Insane asylums in Bengal annual reports 1876-1887 - 1876-1887
Year: 1876
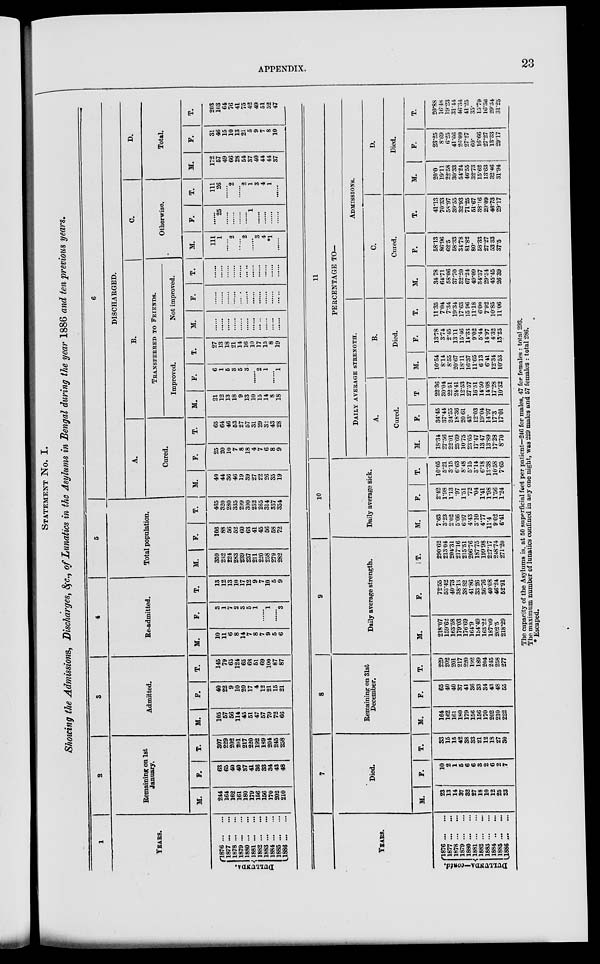
APPENDIX.
23
STATEMENT No. I.
Showing the Admissions, Discharges, &c., of Lunatics in the Asylums in Bengal during the year 1886 and ten previous years.
1
YEARS.
DULLUITDA.
1876
...
...
1877
...
...
1878
...
...
1879
...
...
1880
...
...
1881
...
...
1882
...
...
1883
...
...
1884
...
...
1885
...
...
1886 ... ...
2
Remaining on 1st
January.
M.
244
164
162
161
180
179
156
166
170
202
210
F.
63
65
40
40
37
41
36
33
34
43
48
T.
307
229
202
201
217
220
192
189
204
245
258
3
Admitted.
M.
105
57
56
114
45
51
47
57
79
72
66
F.
40
22
9
10
20
17
4
12
21
15
21
T.
145
79
65
124
65
68
61
69
100
87
87
4
Re-admitted.
M.
10
11
6
8
14
7
8
7
9
5
6
F.
3
1
7
2
3
5
1
......
1
......
3
T.
13
12
13
10
17
12
9
7
10
5
9
5
Total population.
M.
359
232
224
283
239
237
211
220
258
279
282
F.
106
88
56
52
60
63
41
45
56
58
72
T.
465
320
280
335
299
300
252
265
314
537
354
6
DISCHARGED.
A.
Cured.
M.
40
44
36
46
19
39
27
22
26
35
19
F.
25
20
10
7
8
18
4
7
6
8
9
T.
65
64
46
53
27
57
31
29
32
43
28
B.
Transferred to Friends.
Improved.
M.
21
12
13
18
9
13
10
15
14
8
18
F.
6
1
5
3
5
3
......
2
1
......
1
T.
27
13
18
21
14
16
10
17
15
8
19
Not improved.
M.
......
......
......
......
......
......
......
......
......
......
......
F.
......
......
......
......
......
......
......
......
......
......
......
T.
......
......
......
......
......
......
......
......
......
......
......
C.
Otherwise.
M.
111
1
......
2
......
2
......
3
4
*1
......
F.
......
25
......
......
......
......
1
......
......
......
......
T.
111
26
......
2
......
2
1
3
4
1
......
D.
Total.
M.
172
57
49
66
28
54
37
40
44
44
37
F.
31
46
15
10
13
21
5
9
7
8
10
T.
203
103
64
76
41
75
42
49
51
52
47
YEARS.
DULLUNDA—contd.
1876
...
...
1877
...
...
1878
...
...
1879
...
...
1880
...
...
1881
...
...
1882
...
...
1883
...
...
1884
...
...
1885
...
...
1886 ... ...
7
Died.
M.
23
13
14
37
32
27
18
10
12
25
23
F.
10
2
1
6
6
6
3
2
6
2
7
T.
33
15
15
42
38
33
21
12
18
27
30
8
Remaining on 31st
December.
H.
164
162
161
180
179
156
156
170
202
210
222
F.
65
40
40
37
41
36
33
34
43
48
55
T.
229
202
201
217
220
192
189
204
245
258
277
9
Daily average strength.
M.
218.07
159.62
163.58
179.03
176.69
164.9
154.49
163.22
187.09
202.5
218.29
F.
72.55
53.42
40.73
38.14
38 82
41.86
33 26
36.76
40.08
46.24
52.91
T.
290.62
213.04
204.31
217.16
215.51
206.76
187.75
199.98
227.17
248.74
271.20
10
Daily average sick.
M.
7.63
8.23
2.02
5.66
6 97
4.43
3.10
4.77
11.4
9.02
6.41
F.
2.42
1.98
1.13
.97
1.51
.72
.04
1.41
1.98
1.56
1.24
T.
10.05
5.21
3.15
6.63
8.48
5.15
8.14
6.18
13.38
10.58
7.65
11
PERCENTAGE TO—
DAILY AVERAGE STRENGTH.
A.
Cured.
M.
18.34
27.56
22.01
25.69
10.75
23.65
17.47
13 47
13.89
17.28
8.70
F.
34.45
37.44
24.55
18.36
20 61
43.
12.03
19.04
14.97
17.3
17.01
T
22.36
30.04
22.51
24.41
12.53
27.57
16.51
14.50
14.08
17.28
10.32
B.
Died.
M.
10.54
8.14
8.55
20.67
18.11
16.37
11.65
613
6.41
12.34
10.53
F.
13.78
3.74
2.45
13.11
15.46
14.33
9.02
5.44
14.97
4.32
13.23
T.
11.35
7.04
7.34
19.34
17.63
15 96
11.18
6.00
7.92
10.85
11.06
ADMISSIONS.
C.
Cured.
M.
34.78
64.71
58.06
87.70
32.20
67.24
49.09
84.37
29.34
45.45
26.39
F.
58.13
86.96
62.5
68.33
34.78
81.82
80.
58.33
27.27
53.33
37.5
T.
41.13
70.33
58.97
89.55
32.93
71.25
51.67
38.16
29.09
46.73
29.17
D.
Died.
M.
20.0
19.11
22.58
30.33
54.24
46.55
32.73
15.62
13.63
32 46
31.94
F.
23.25
8.09
6.25
41.66
26.09
27.27
60.
16.66
27.27
13.33
29.17
T.
20.88
1648
19.23
31.14
46.34
41.25
35.
15.79
16.36
29.34
31.26
The capacity of the Asylums is, at 50 superficial feet per patient—246 for males, 47 for females : total 293.
The maximum number of lunatics confined in any one night, was 229 males and 57 females : total 286.
* Escaped.